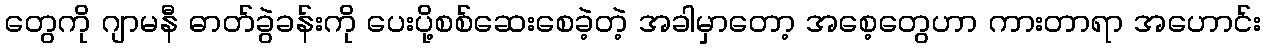
တွေကို ဂျာမနီ ဓာတ်ခွဲခန်းကို ပေးပို့စစ်ဆေးစေခဲ့တဲ့ အခါမှာတော့ အစေ့တွေဟာ ကားတာရာ အဟောင်း